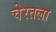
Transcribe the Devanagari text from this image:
चेरतला